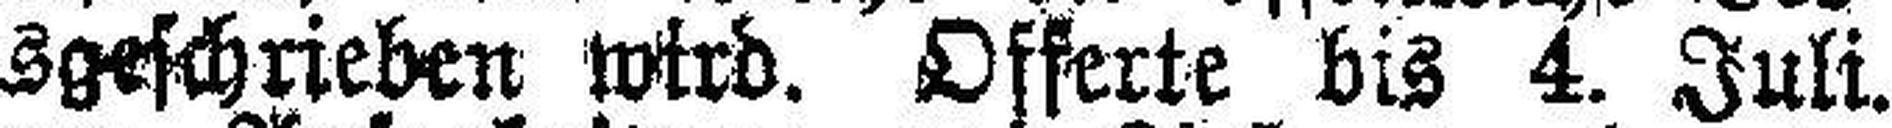
###ßerung ausgeschrieben wird. Offerte bis 4. Juli.